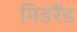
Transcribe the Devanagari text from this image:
मिडरैंड